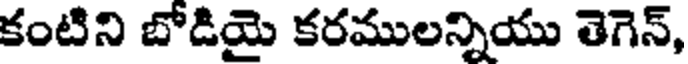
కంటిని బోడియై కరములన్నియు తెగెన్,